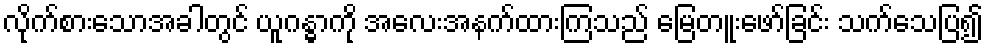
လိုက်စားသောအခါတွင် ယူဂန္ဓာကို အလေးအနက်ထားကြသည် မြေတူးဖော်ခြင်း သက်သေပြ၍